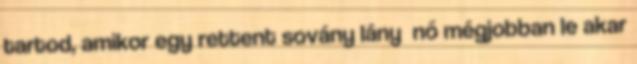
tartod, amikor egy rettent sovány lány nő mégjobban le akar